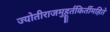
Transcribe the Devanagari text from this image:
ज्योतीराजमुहूर्तकिर्तीमहिते